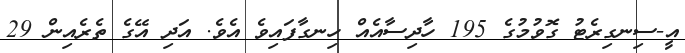
އީ-ސިނގިރެޓު ގޮވުމުގެ 195 ހާދިސާއެއް ހިނގާފައިވެ އެވެ. އަދި އޭގެ ތެރެއިން 29